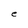
Character: e